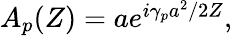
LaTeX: \begin{array}{r}{A_{p}(Z)=ae^{i\gamma_{p}a^{2}/2Z},}\end{array}